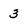
Character: 3